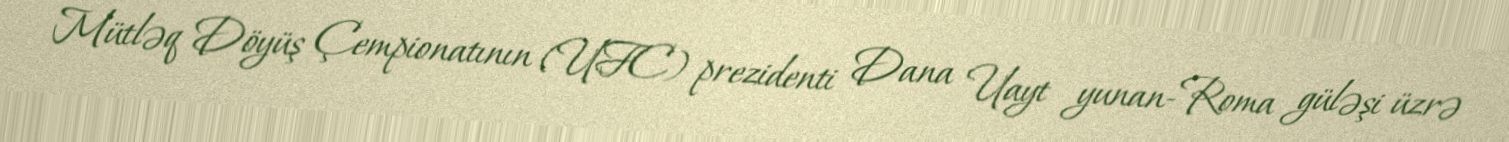
Mütləq Döyüş Çempionatının (UFC) prezidenti Dana Uayt yunan-Roma güləşi üzrə